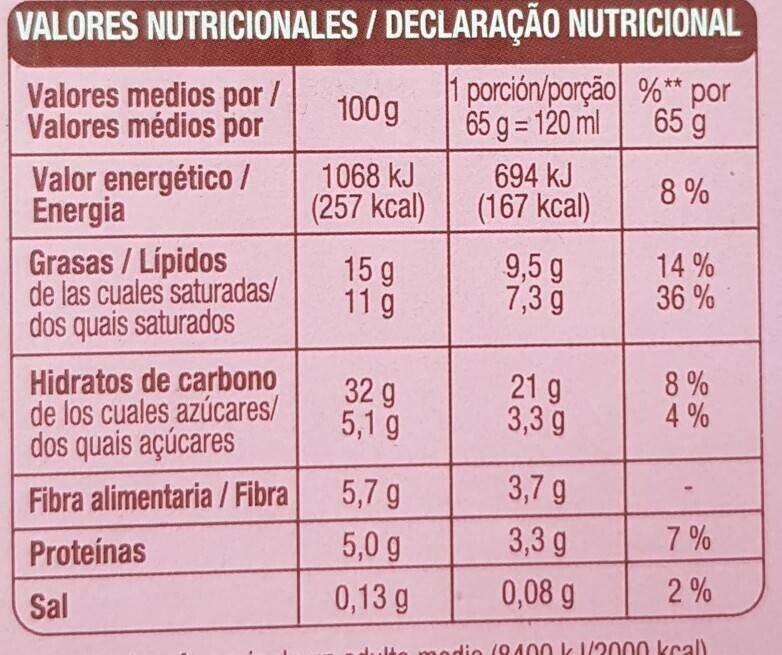
VALORES NUTRICIONALES / DECLARAÇÃO NUTRICIONAL
Valores medios por /
porción/porção %** por 65 g
Valores médios por
65 g = 120 ml
8%
Valor energético / Energia
Grasas / Lípidos de las cuales saturadas/ dos quais saturados
Hidratos de carbono de los cuales azúcares/ dos quais açúcares
Fibra alimentaria / Fibra
Proteínas
Sal
100 g
1068 kJ
(257 kcal)
15 g
11 g
32 g
5,1 g
5,7 g
5,0 g
0,13 g
694 kJ
(167 kcal)
9,5 g
7,3 g
21 g
3,3 g
3,7 g
3,3 g
0,08 g
14%
36%
8%
4%
7%
2%
000 kcall